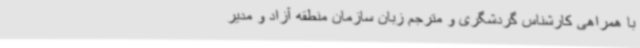
با همراهی کارشناس گردشگری و مترجم زبان‌ سازمان منطقه آزاد و مدیر